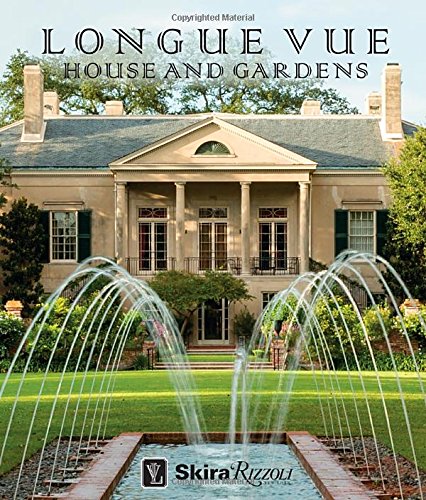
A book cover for Longue Vue House and Gardens: The Architecture, Interiors, and Gardens of New Orleans' Most Celebrated Estate; Charles Davey; Arts & Photography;